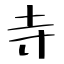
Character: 寺